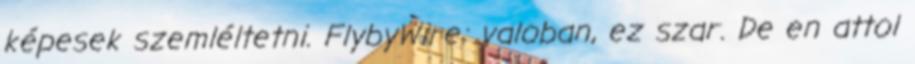
képesek szemléltetni. FlybyWire: valoban, ez szar. De en attol